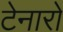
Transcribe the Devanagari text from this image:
टेनारो